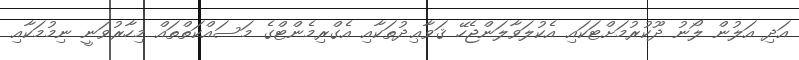
އަދި އަލުން ލޯނު ދޫކުރުމަށްޓަކައި އެކުލަވާލަންޖެހޭ ޤަވާޢިދުތަކާއި އެގްރިމެންޓްގެ މަސައްކަތްތައް މިހާރުވަނީ ނިމުމަކާއި